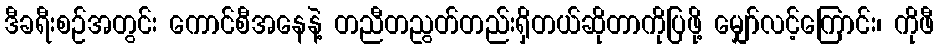
ဒီခရီးစဉ်အတွင်း ကောင်စီအနေနဲ့ တညီတညွတ်တည်းရှိတယ်ဆိုတာကိုပြဖို့ မျှော်လင့်ကြောင်း၊ ကိုဖီ